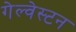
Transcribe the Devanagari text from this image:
गेल्‍वेस्‍टन